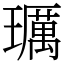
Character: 𤪲